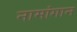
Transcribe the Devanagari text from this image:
नामांगान